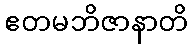
ဧတမဘိဇာနာတိ